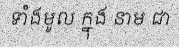
ទាំងមូល ក្នុង នាម ជា